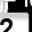
Digit: 2